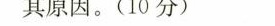
其原因。(10分)